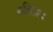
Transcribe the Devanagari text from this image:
रुचिप्रद